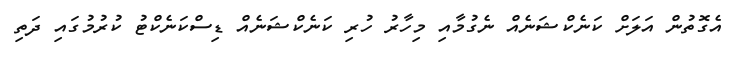
އެގޮތުން އަލަށް ކަނެކްޝަނެއް ނެގުމާއި މިހާރު ހުރި ކަނެކްޝަނެއް ޑިސްކަނެކްޓު ކުރުމުގައި ދަތި